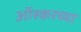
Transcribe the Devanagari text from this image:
ऑस्करच्या